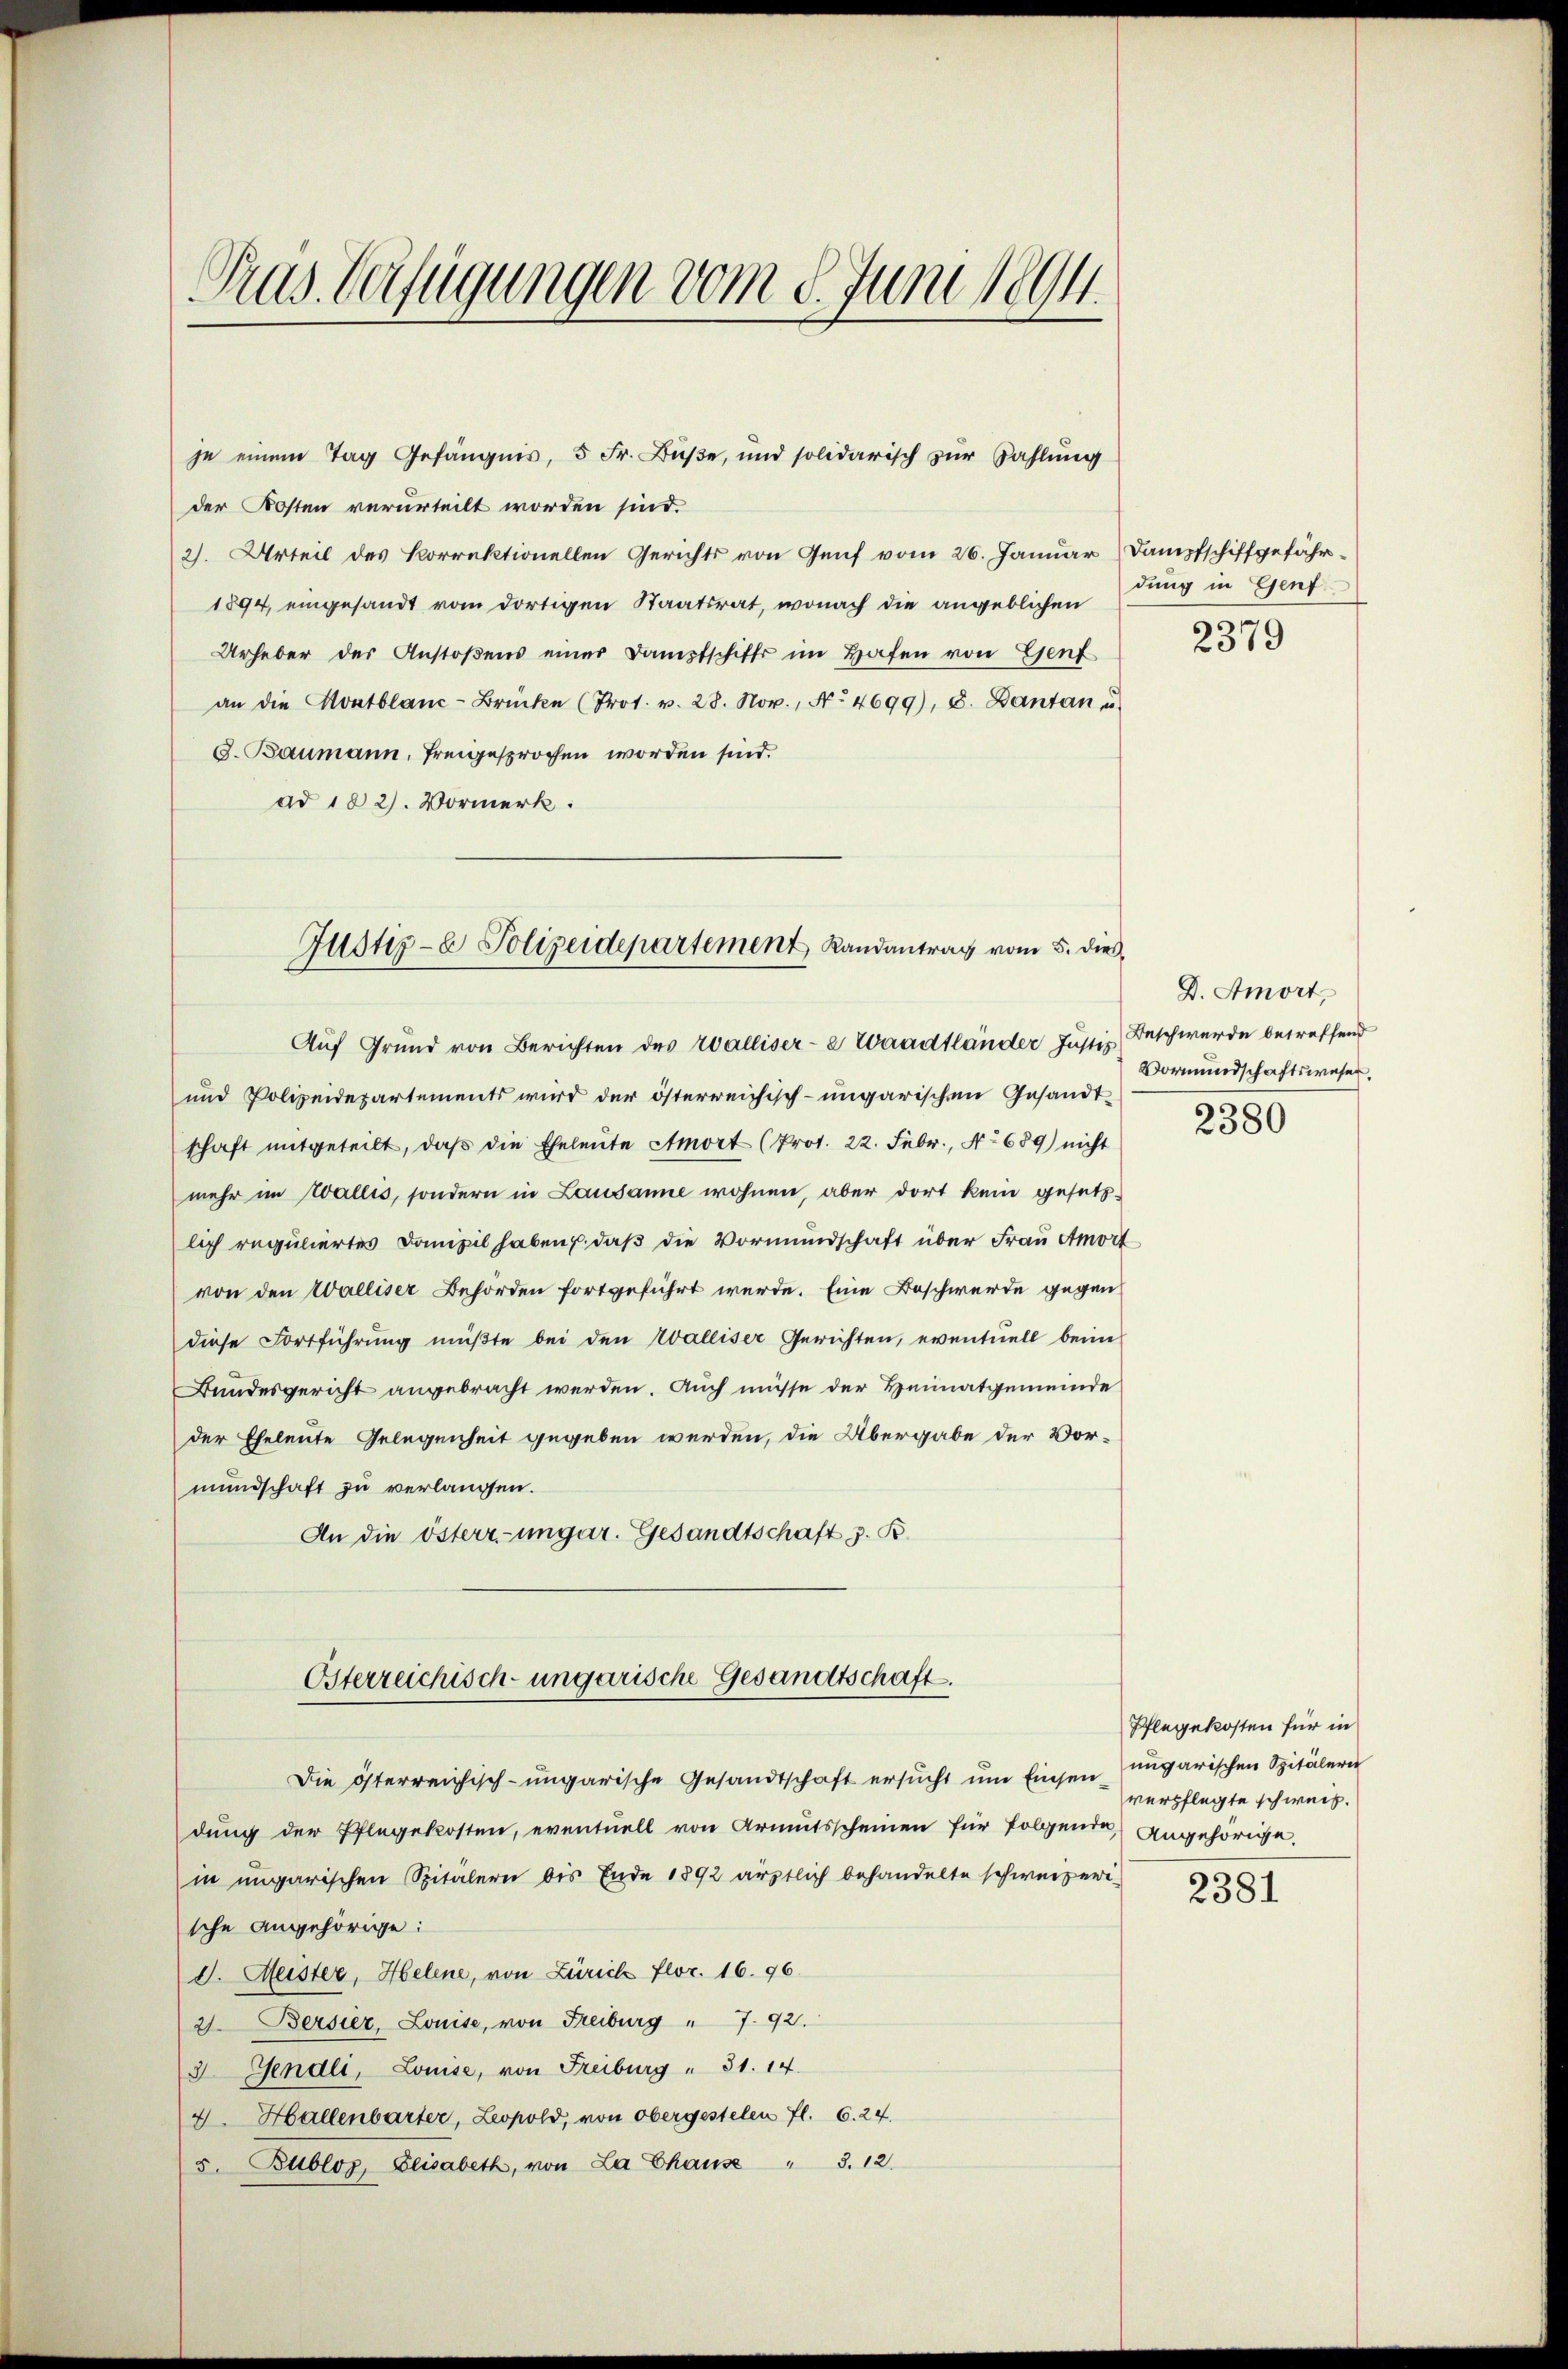
Gras Verfügungen vom 8. Juni 1894.

je einem Tag Gefängnis, 5 Fr. Bŭβe, und solidarisch zŭr Zahlung
der Kosten verurteilt worden sind.
2). Urteil des Korrektionellen Gerichts von Genf vom 26. Januar Dampfschiffgefähr¬
1894, eingesandt vom dortigen Staatsrat, wonach die angeblichen
Urheber der Anstoßens einer Dampfschiffs im Hafen von Genf
an die Kontblanc-Brücke (Prot. v. 28. Nov., No 4699), 8. Dantan u
3. Baumann, freigesprochen worden sind.
ad 182. Vormerk:
Auf Grund von Berichten des Walliser-a Waadtländer Justiz Beschwerde betreffend
und Polizeidepartements wird der österreichisch-ungarischen Gesandtschaft mitgeteilt, daß die Eheleute Amort (Prot. 22. Febr., No 689) nicht
mehr im Wallis, sondern in Lausanne wohnen, aber dort kein gesetz-
lich reguliertes Domizil haben, daß die Vormundschaft über Frau Amort
von den Walliser Behörden fortgeführt werde. Eine Beschwerde gegen
diese Fortführung müßte bei den Walliser Gerichten, eventuell beim
Bundesgericht angebracht werden. Auch müsse der Heimatgemeinde
der Eheleute Gelegenheit gegeben werden, die Übergabe der Vormundschaft zu verlangen.
An die österr-ungar. Gesandtschaft z. B.
Osterreichisch-ungarische Gesandtschaft.
Die österreichisch-ungarische Gesandtschaft ersŭcht ŭm Einsen ungarischen Spitälern
dung der Pflegekosten, eventuell von Armutsscheinen für folgende angehörige.
in ungarischen Spitalern bis Ende 1892 ärztlich behandelte schweizerische angehörige:
d. Meister, Helene, von Zürich Flor. 16. 96.
2. Bersier, Louise, von Freiburg " 7. 92.
3 Gendli, Louise, von Freiburg " 31. 14.
4. Hallenbarter, Leopold, von obergestelen fl. 6. 24.
5. Bubloz, Elisabeth, von La Chause " 3.12.

Justiz- & Polizeidepartement, Randantrag vom 5. dies

dung in Genf
2379

D. Amort,
Vormundschaftswesen.

2380

Pflegekosten für in
verpflegte schweiz.

2381